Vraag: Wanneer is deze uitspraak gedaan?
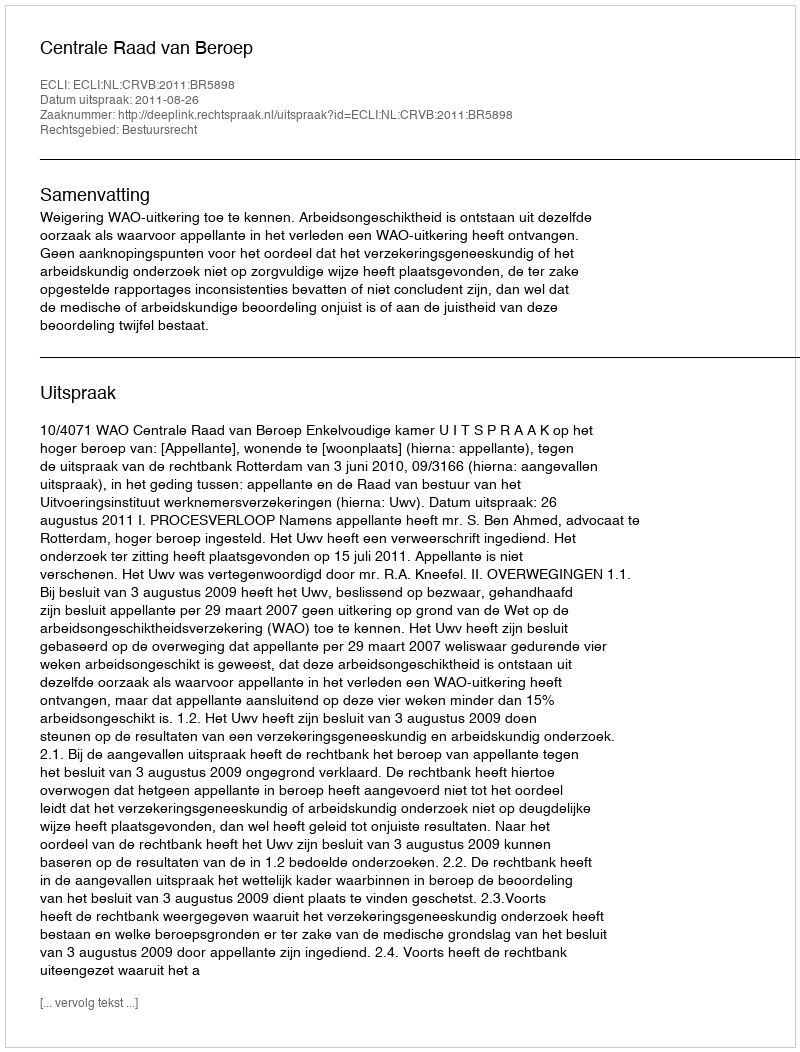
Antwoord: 2011-08-26